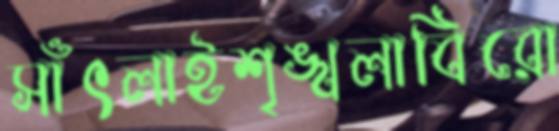
সাঁৎলাইশৃঙ্খলাবিরো